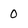
Character: 0